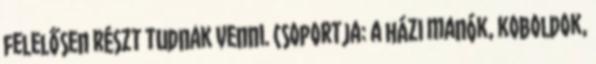
felelősen részt tudnak venni. Csoportja: a házi manók, koboldok,